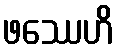
ဖဿေဟိ